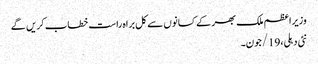
وزیراعظم ملک بھر کے کسانوں سے کل براہ راست خطاب کریں گے
نئی دہلی،19/جون۔